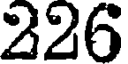
226